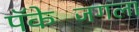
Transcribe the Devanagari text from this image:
पॅकेजिंगला